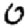
Digit: 0